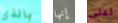
بالذي إنها أغلى